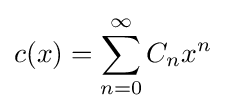
c(x)=\sum _{n=0}^{\infty }C_{n}x^{n}